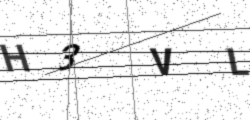
Text: H3VL